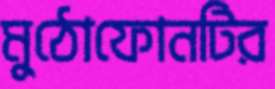
মুঠোফোনটির